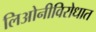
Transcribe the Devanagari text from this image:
लिओनीविरोधात